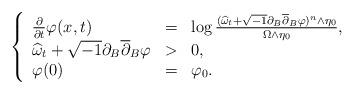
LaTeX: \begin{align*}\left\{\begin{array}[c]{lll}\frac{\partial}{\partial t}\varphi(x,t) & = & \log\frac{(\widehat{\omega}_{t}+\sqrt{-1}\partial_{B}\overline{\partial}_{B}\varphi)^{n}\wedge\eta_{0}}{\Omega\wedge\eta_{0}},\\\widehat{\omega}_{t}+\sqrt{-1}\partial_{B}\overline{\partial}_{B}\varphi & > &0,\\\varphi(0) & = & \varphi_{0}.\end{array}\right. \end{align*}